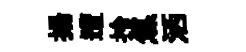
揚遭拎焦洒